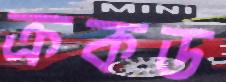
ক্রকড